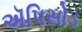
ઍપિસોડ